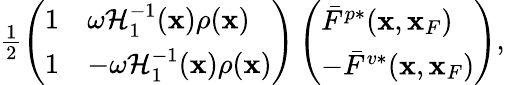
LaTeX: \begin{array}{r}{\frac{1}{2}\left(\begin{array}{ll}{1}&{\omega{\cal H}_{1}^{-1}({\mathbf x})\rho({\mathbf x})}\\ {1}&{-\omega{\cal H}_{1}^{-1}({\mathbf x})\rho({\mathbf x})}\end{array}\right)\left(\begin{array}{l}{\bar{F}^{p*}({\mathbf x},{\mathbf x}_{F})}\\ {-\bar{F}^{v*}({\mathbf x},{\mathbf x}_{F})}\end{array}\right),}\end{array}